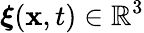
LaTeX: \boldsymbol{\xi}(\mathbf{x},t)\in\mathbb{R}^{3}